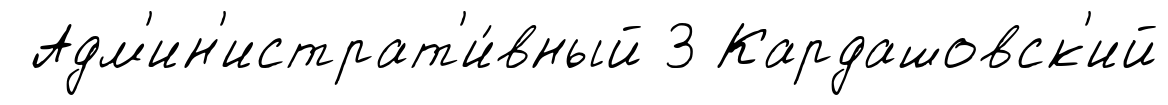
Адм'ин'истрат'и́вный 3 Кардашовск'ий